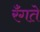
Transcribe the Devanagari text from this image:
रँगते